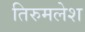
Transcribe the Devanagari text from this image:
तिरुमलेश